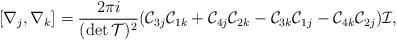
LaTeX: \begin{align*}[\nabla_{j},\nabla_{k}]=\frac{2\pi i}{(\det\mathcal{T})^{2}}(\mathcal{C}_{3j}\mathcal{C}_{1k}+\mathcal{C}_{4j}\mathcal{C}_{2k}-\mathcal{C}_{3k}\mathcal{C}_{1j}-\mathcal{C}_{4k}\mathcal{C}_{2j})\mathcal{I},\end{align*}